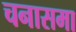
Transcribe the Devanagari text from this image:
चनासमा